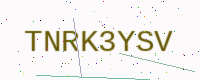
Text: TNRK3YSV